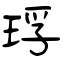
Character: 琈